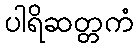
ပါရိဆတ္တကံ